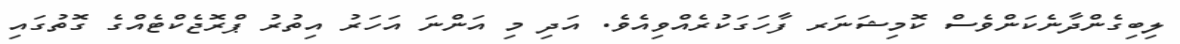
ލިބިގެންދާނެކަންވެސް ކޮމިޝަނަރ ފާހަގަކުރެއްވިއެވެ. އަދި މި އަންނަ އަހަރު އިތުރު ޕްރޮޖެކްޓެއްގެ ގޮތުގައި